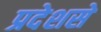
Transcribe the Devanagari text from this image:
प्रदेशसे